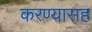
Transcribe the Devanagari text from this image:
करण्यासह